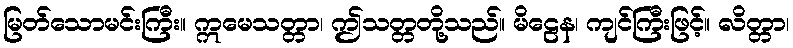
မြတ်သောမင်းကြီး။ ဣမေသတ္တာ၊ ဤသတ္တတို့သည်။ မိဠေန၊ ကျင်ကြီးဖြင့်။ လိတ္တာ၊